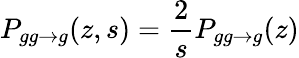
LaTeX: P_{gg\to g}(z,s)=\frac{2}{s}P_{gg\to g}(z)